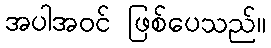
အပါအဝင် ဖြစ်ပေသည်။